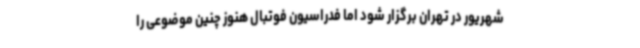
شهریور در تهران برگزار شود اما فدراسیون فوتبال هنوز چنین موضوعی را